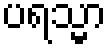
ပရသ္မာ